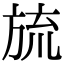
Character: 旈